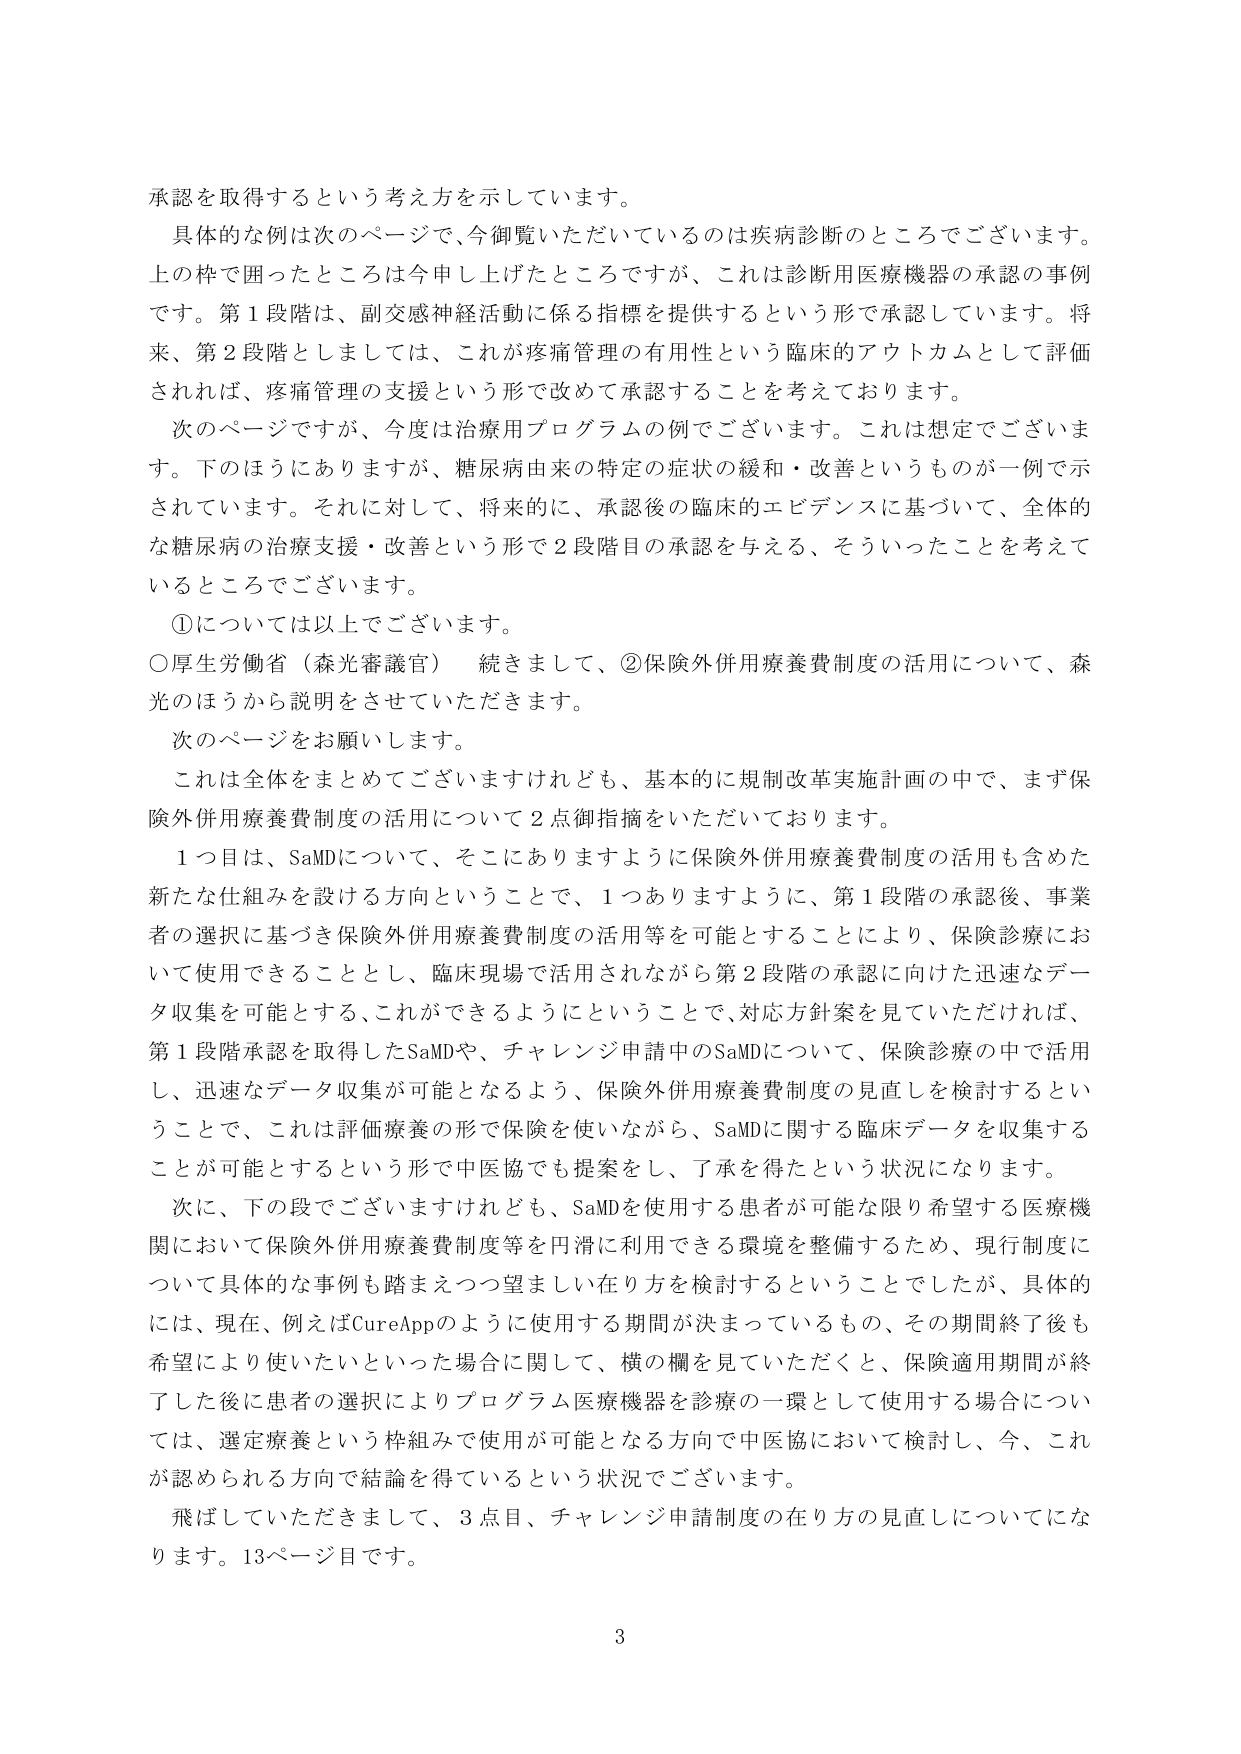
承認を取得するという考え方を示しています。

具体的な例は次のページで、今御覧いただいているのは疾病診断のところでございます。上の枠で囲ったところは今申し上げたところですが、これは診断用医療機器の承認の事例です。第1段階は、副交感神経活動に係る指標を提供するという形で承認しています。将来、第2段階としましては、これが疼痛管理の有用性という臨床的アウトカムとして評価されれば、疼痛管理の支援という形で改めて承認することを考えております。

次のページですが、今度は治療用プログラムの例でございます。これは想定でございます。下のほうにありますが、糖尿病由来の特定の症状の緩和・改善というものが一例で示されています。それに対して、将来的に、承認後の臨床的エビデンスに基づいて、全体的な糖尿病の治療支援・改善という形で2段階目の承認を与える、そういったことを考えているところでございます。

①については以上でございます。

○厚生労働省（森光審議官）　続きまして、②保険外併用療養費制度の活用について、森光のほうから説明をさせていただきます。

次のページをお願いします。

これは全体をまとめてございますけれども、基本的に規制改革実施計画の中で、まず保険外併用療養費制度の活用について2点御指摘をいただいております。

1つ目は、SaMDについて、そこにありますように保険外併用療養費制度の活用も含めた新たな仕組みを設ける方向ということで、1つありますように、第1段階の承認後、事業者の選択に基づき保険外併用療養費制度の活用等を可能とすることにより、保険診療において使用できることとし、臨床現場で活用されながら第2段階の承認に向けた迅速なデータ収集を可能とする、これができるようにということで、対応方針案を見ていただければ、第1段階承認を取得したSaMDや、チャレンジ申請中のSaMDについて、保険診療の中で活用し、迅速なデータ収集が可能となるよう、保険外併用療養費制度の見直しを検討するということで、これは評価療養の形で保険を使いながら、SaMDに関する臨床データを収集することが可能とするという形で中医協でも提案をし、了承を得たという状況になります。

次に、下の段でございますけれども、SaMDを使用する患者が可能な限り希望する医療機関において保険外併用療養費制度等を円滑に利用できる環境を整備するため、現行制度について具体的な事例も踏まえつつ望ましい在り方を検討するということでしたが、具体的には、現在、例えばCureAppのように使用する期間が決まっているもの、その期間終了後も希望により使いたいといった場合に関して、横の欄を見ていただくと、保険適用期間が終了した後に患者の選択によりプログラム医療機器を診療の一環として使用する場合については、選定療養という枠組みで使用が可能となる方向で中医協において検討し、今、これが認められる方向で結論を得ているという状況でございます。

飛ばしていただきまして、3点目、チャレンジ申請制度の在り方の見直しについてになります。13ページ目です。

3